Report on plague in the Punjab from October 1st ... to September 30th ..., being the ... season of plague in the province
Disease focus: Plague
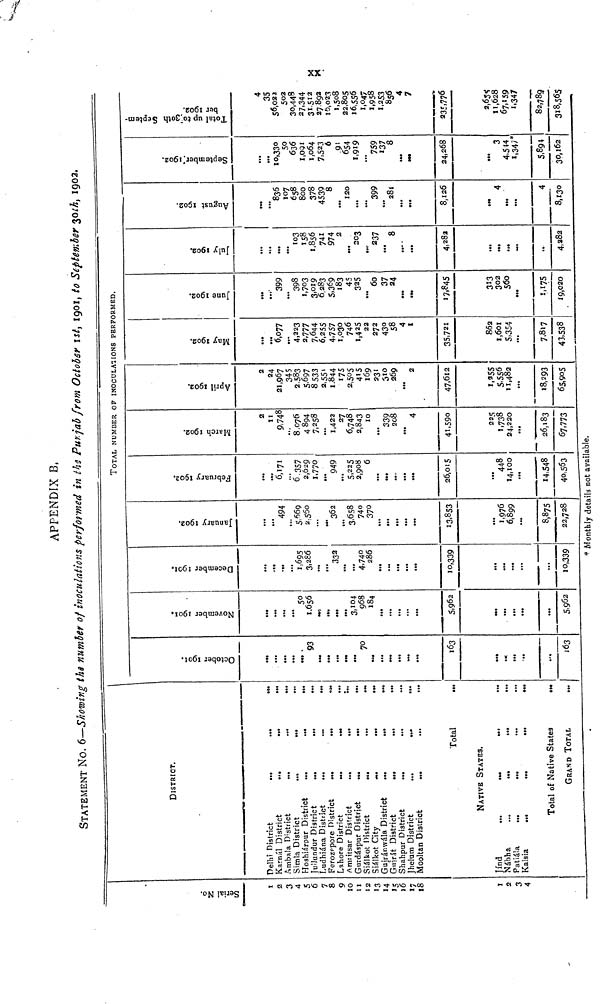
APPENDIX B.
STATEMENT NO. 6—Showing the number of inoculations performed in the Punjab from October 1st, 1901, to September 30th, 1902.
TOTAL NUMBER OF INOCULATIONS PERFORMED.
Serial No.
1
2
3
4
5
6
7
8
9
10
11
12
13
14
15
16
17
18
l
2
3
4
DISTRICT.
Delhi District
...
Karnál District
...
Ambala District
...
Simla District
...
Hoshiárpur District
...
Jullundur District
...
Ludhiána District
...
Ferozepore District
...
Lahore District
...
Amritsar District
...
Gurdáspur District
...
Siálkot District ...
Siálkot City ...
Gujránwála District
...
Gujrat District
...
Shahpur District
...
Jhelum District
...
Mooltan District
...
...
...
...
...
...
...
...
...
...
...
...
...
...
...
...
...
...
...
Total
NATIVE STATES.
Jind
...
...
Nábha ... ...
Patiála ... ...
Kalsia
...
...
...
...
...
...
Total of Native States
GRAND TOTAL
...
...
...
...
...
...
...
...
...
...
...
...
...
...
...
....
....
...
...
...
......
....
....
...
.....
October 1901.
...
...
...
...
...
93
...
...
...
...
...
70
...
...
...
...
...
...
163
...
...
...
...
....
163
November 1901.
...
...
...
...
50
1,656
...
...
...
...
3,104
968
184
...
...
...
...
...
5,962
...
...
...
...
...
5,962
December 1901.
...
...
...
...
1,695
3,286
...
...
332
...
...
4,740
286
...
...
...
...
...
10,339
...
...
...
...
...
10,339
January 1902.
...
...
494
...
5,669
2,560
...
...
362
...
3,658
740
370
...
...
...
....
...
13,853
...
1,976
6,899
...
8,875
22,728
February 1902.
...
...
6,171
...
6,357
2,629
1,770
...
949
...
5,225
2,908
6
...
...
...
...
...
26,015
...
448
14,100
...
14,548
40,563
March 1902.
2
11
9,748
...
8,076
4,894
7,258
...
1,422
27
6,748
2,843
10
...
339
208
...
4
41,590
225
1,738
24,220
...
26,183
67.773
April 1902.
2
24
21,967
345
2,583
5,697
8,533
2,551
1,844
175
2,505
415
169
231
510
269
...
2
47,612
1,255
5,556
11,482
...
18,293
65,905
May 1902.
...
...
6,077
...
4,223
2,777
7,644
6,255
4,757
1,030
746
1,425
22
272
430
58
4
1
35,721
862
1,601
5,354
...
7.817
43,538
June 1902.
...
...
399
...
398
1,703
3,019
6,283
5,369
183
45
325
...
60
37
24
...
...
17,845
313
302
560
...
1,175
19,020
July 1902.
...
...
...
...
103
158
1,856
741
974
2
...
203
...
237
...
8
...
...
4,282
...
...
...
...
...
4,282
August 1902.
...
...
836
107
658
800
378
4539
8
...
120
...
...
399
...
281
...
...
8,126
...
4
...
...
4
8,130
September 1902.
...
...
10,330
50
636
1,091
1,064
7,523
6
91
654
1,919
...
759
137
8
...
...
24,268
...
3
4,544
1,347
5,894
30,162
Total up to 30th September
1902.
4
35
56,023
502
30,448
27,344
31,512
27,892
16,023
1,508
22,805
16,556
1,047
1,958
1,253
856
4
7
235,776
2,655
11,628
67,159
1,347
82,789
318,565
* Monthly details not available.
S